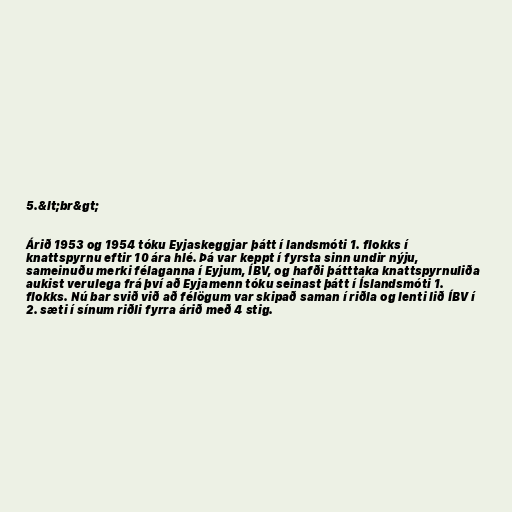
5.&lt;br&gt;

Árið 1953 og 1954 tóku Eyjaskeggjar þátt í landsmóti 1. flokks í
knattspyrnu eftir 10 ára hlé. Þá var keppt í fyrsta sinn undir nýju,
sameinuðu merki félaganna í Eyjum, ÍBV, og hafði þátttaka knattspyrnuliða
aukist verulega frá því að Eyjamenn tóku seinast þátt í Íslandsmóti 1.
flokks. Nú bar svið við að félögum var skipað saman í riðla og lenti lið ÍBV í
2. sæti í sínum riðli fyrra árið með 4 stig.